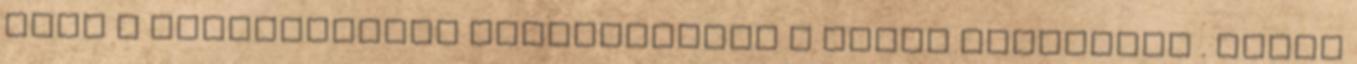
akit a zsuanzsuanok megtartottak a maguk fog­lyának . sirit